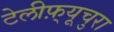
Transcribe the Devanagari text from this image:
टेलीफ़्यूचुरा